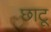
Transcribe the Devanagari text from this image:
छाटू